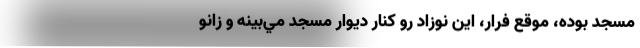
مسجد بوده، موقع فرار، اين نوزاد رو كنار ديوار مسجد مي‌بينه و زانو